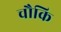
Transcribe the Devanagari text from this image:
चौकि